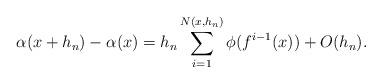
LaTeX: \begin{align*}\alpha(x+h_n)-\alpha(x) = h_n\sum_{i=1}^{N(x,h_n)} \phi(f^{i-1}(x)) + O(h_n).\end{align*}